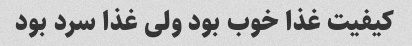
کیفیت غذا خوب بود ولی غذا سرد بود